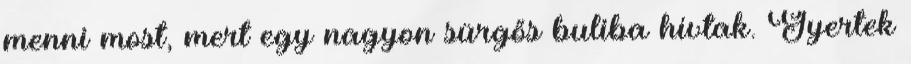
menni most, mert egy nagyon sürgős buliba hívtak. Gyertek